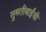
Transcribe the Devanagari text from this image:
सुमतीबाईंची